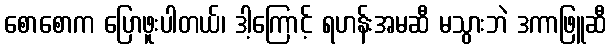
စောစောက ပြောဖူးပါတယ်၊ ဒါ့ကြောင့် ရဟန်းအမဆီ မသွားဘဲ ဒကာဖြူဆီ